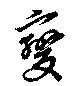
変